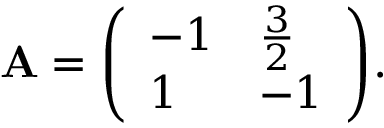
\mathbf { A } = { \left( \begin{array} { l l } { - 1 } & { { \frac { 3 } { 2 } } } \\ { 1 } & { - 1 } \end{array} \right) } .